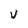
Character: V